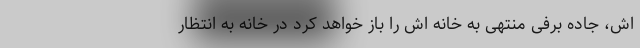
اش، جاده برفی منتهی به خانه اش را باز خواهد کرد در خانه به انتظار